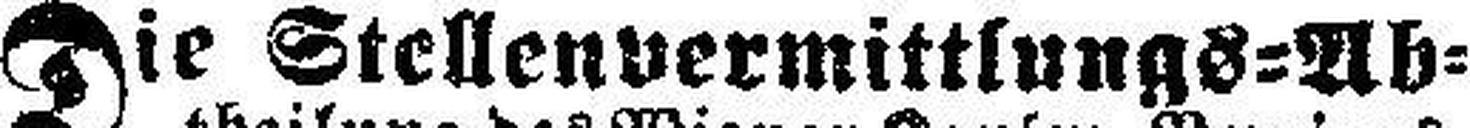
Die Stellenvermittlungs=Ab¬